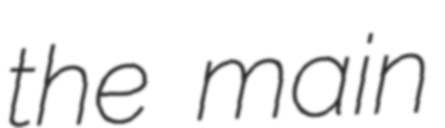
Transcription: the main